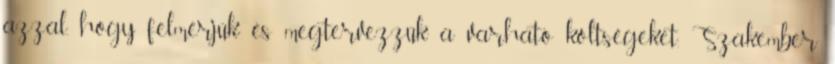
azzal, hogy felmérjük és megtervezzük a varható költségeket. Szakember